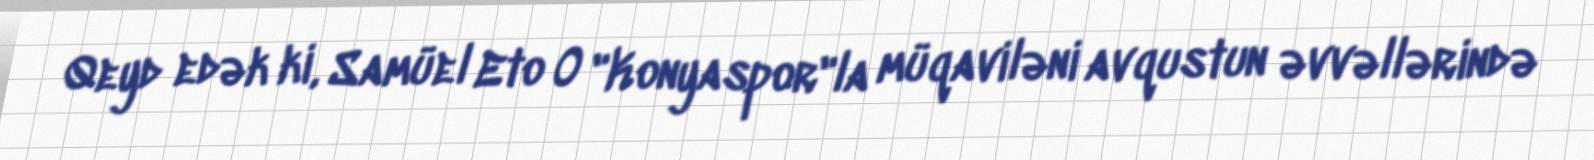
Qeyd edək ki, Samüel Eto O "Konyaspor"la müqaviləni avqustun əvvəllərində